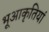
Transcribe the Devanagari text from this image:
भूआकृतियां